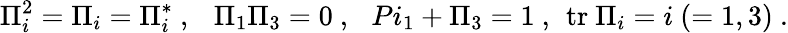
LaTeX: \Pi_{i}^{2}=\Pi_{i}=\Pi_{i}^{*}\ ,\ \ \ \Pi_{1}\Pi_{3}=0\ ,\ \ \, Pi_{1}+\Pi_{3}=1\ ,\, \ \mathrm{tr}\ \Pi_{i}=i\ (=1,3)\ .